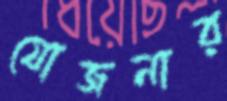
যোজনার